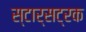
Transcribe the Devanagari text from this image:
स्टार्सट्रक